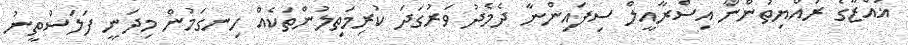
ޣައްޒާގެ ރައްޔިތުންނާ އިސްރާއީލް ސިފައިންނާ ދެމެދު ވަރުގަދަ ކުރިމަތިލުންތަކެއް ހިނގަމުން މިދަނީ ފަލަސްތީނު